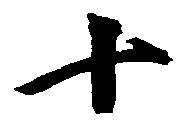
十